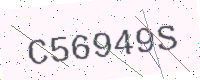
Text: C56949S